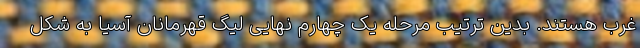
غرب هستند. بدین ترتیب مرحله یک چهارم نهایی لیگ قهرمانان آسیا به شکل